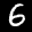
Label: 6